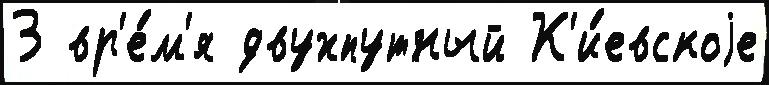
3 вр'е́м'я двухпутный К'и́евскоjе